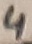
Text: 4